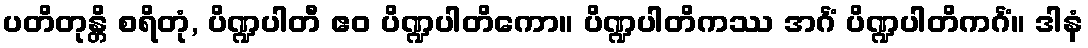
ပတိတုန္တိ စရိတုံ, ပိဏ္ဍပါတီ ဧဝ ပိဏ္ဍပါတိကော။ ပိဏ္ဍပါတိကဿ အင်္ဂံ ပိဏ္ဍပါတိကင်္ဂံ။ ဒါနံ